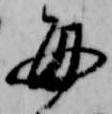
毎